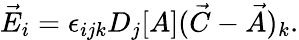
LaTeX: \vec{E}_{i}=\epsilon_{ijk}D_{j}[A](\vec{C}-\vec{A})_{k}.